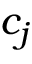
c _ { j }